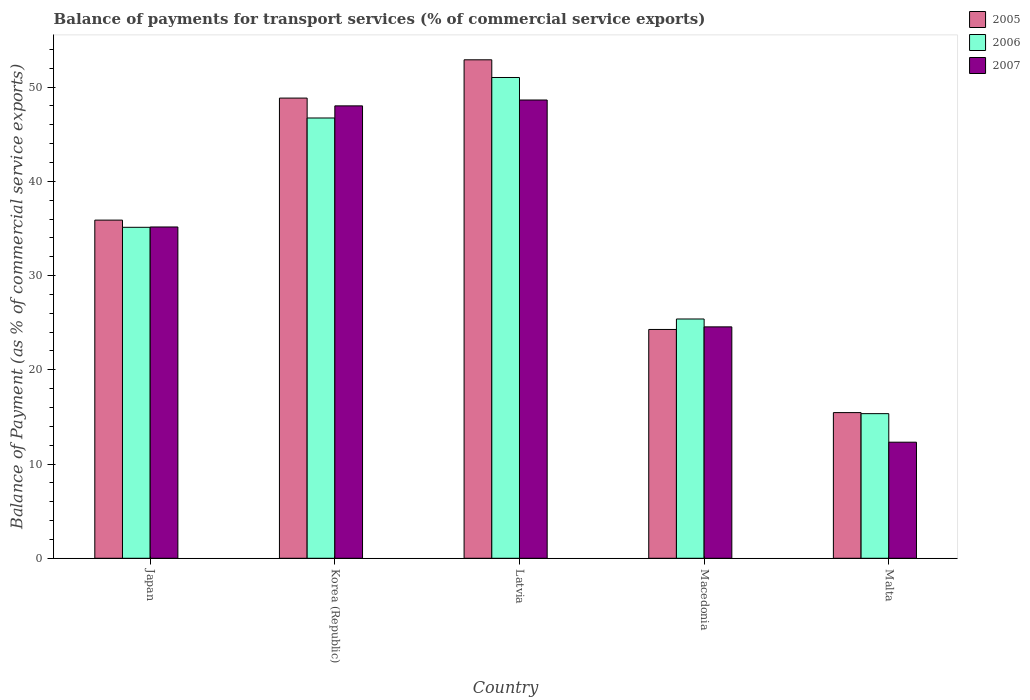
| Country | 2005 | 2006 | 2007 |
 | --- | --- | --- | --- |
 | Japan | 35.9 | 35.1 | 35.2 |
 | Korea (Republic) | 48.8 | 46.7 | 48 |
 | Latvia | 52.9 | 51 | 48.6 |
 | Macedonia | 24.3 | 25.4 | 24.6 |
 | Malta | 15.5 | 15.3 | 12.3 |